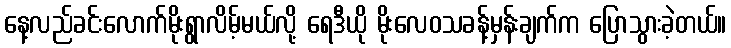
နေ့လည်ခင်းလောက်မိုးရွာလိမ့်မယ်လို့ ရေဒီယို မိုးလေဝသခန့်မှန်းချက်က ပြောသွားခဲ့တယ်။